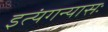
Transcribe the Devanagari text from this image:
इत्यंगन्यासः